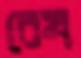
রেখ